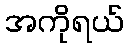
အကိုရယ်